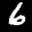
Label: 6